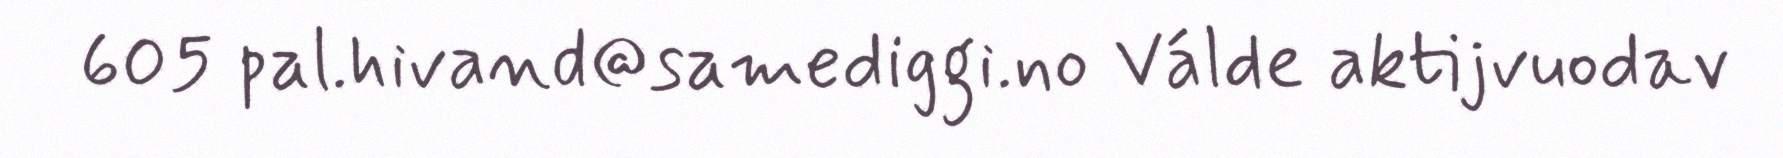
605 pal.hivand@samediggi.no Válde aktijvuodav